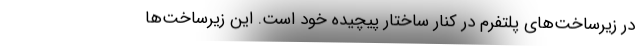
در زیرساخت‌های پلتفرم در کنار ساختار پیچیده خود است. این زیرساخت‌ها